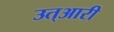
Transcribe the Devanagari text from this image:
उत्आरी